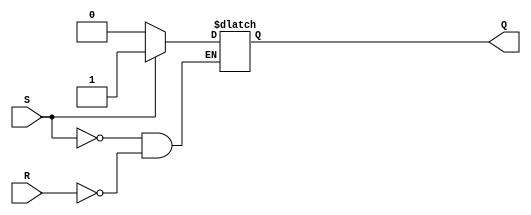
module sr_flip_flop (
    input wire S, // Set input
    input wire R, // Reset input
    output reg Q // Output
);

always @(S, R) begin
    if (S) begin
        Q <= 1; // Set Q to high
    end else if (R) begin
        Q <= 0; // Reset Q to low
    end
end

endmodule